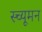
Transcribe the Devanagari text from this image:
स्च्यूमन